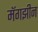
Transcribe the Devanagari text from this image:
मॅगझीन